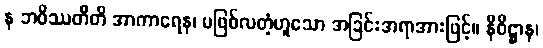
န ဘဝိဿတီတိ အာကာရေန၊ မဖြစ်လတံ့ဟူသော အခြင်းအရာအားဖြင့်။ နိဝိဋ္ဌာန၊